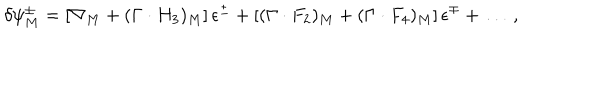
\delta \psi _ { M } ^ { \pm } = \left[ \nabla _ { M } + ( \Gamma \cdot H _ { 3 } ) _ { M } \right] \epsilon ^ { \pm } + \left[ ( \Gamma \cdot F _ { 2 } ) _ { M } + ( \Gamma \cdot F _ { 4 } ) _ { M } \right] \epsilon ^ { \mp } + \ldots \ ,